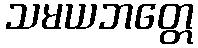
သမယဘတ္တေ